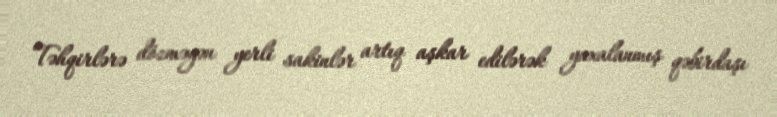
Təhqirlərə dözməyən yerli sakinlər artıq aşkar edilərək yaxalanmış qəbirdaşı